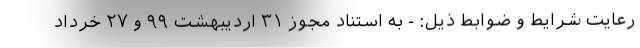
رعایت شرایط و ضوابط ذیل: - به استناد مجوز ۳۱ اردیبهشت ۹۹ و ۲۷ خرداد